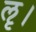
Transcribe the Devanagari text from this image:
ॡ।